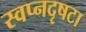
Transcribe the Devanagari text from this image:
स्वप्नदृषटा